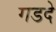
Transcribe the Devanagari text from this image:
गडदे